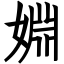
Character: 婣